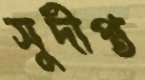
সুদীপ্ত